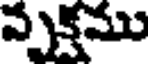
వృక్షము